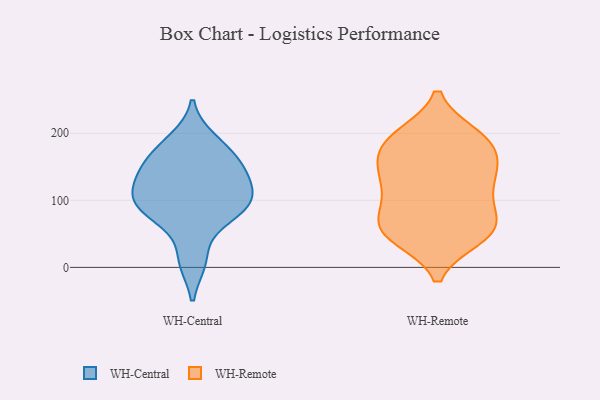
{"axis": {"x": "Tickets Resolved", "y": "Value"}, "legend": ["WH-Central", "WH-Remote"], "data": [{"x": "", "y": 84, "type": "WH-Central"}, {"x": "", "y": 79, "type": "WH-Central"}, {"x": "", "y": 157, "type": "WH-Central"}, {"x": "", "y": 165, "type": "WH-Central"}, {"x": "", "y": 120, "type": "WH-Central"}, {"x": "", "y": 10, "type": "WH-Central"}, {"x": "", "y": 187, "type": "WH-Central"}, {"x": "", "y": 144, "type": "WH-Central"}, {"x": "", "y": 97, "type": "WH-Central"}, {"x": "", "y": 91, "type": "WH-Central"}, {"x": "", "y": 104, "type": "WH-Central"}, {"x": "", "y": 72, "type": "WH-Central"}, {"x": "", "y": 190, "type": "WH-Central"}, {"x": "", "y": 115, "type": "WH-Central"}, {"x": "", "y": 129, "type": "WH-Central"}, {"x": "", "y": 162, "type": "WH-Central"}, {"x": "", "y": 140, "type": "WH-Central"}, {"x": "", "y": 10, "type": "WH-Central"}, {"x": "", "y": 94, "type": "WH-Central"}, {"x": "", "y": 172, "type": "WH-Remote"}, {"x": "", "y": 191, "type": "WH-Remote"}, {"x": "", "y": 197, "type": "WH-Remote"}, {"x": "", "y": 60, "type": "WH-Remote"}, {"x": "", "y": 58, "type": "WH-Remote"}, {"x": "", "y": 130, "type": "WH-Remote"}, {"x": "", "y": 192, "type": "WH-Remote"}, {"x": "", "y": 46, "type": "WH-Remote"}, {"x": "", "y": 98, "type": "WH-Remote"}, {"x": "", "y": 150, "type": "WH-Remote"}, {"x": "", "y": 144, "type": "WH-Remote"}, {"x": "", "y": 73, "type": "WH-Remote"}, {"x": "", "y": 102, "type": "WH-Remote"}, {"x": "", "y": 60, "type": "WH-Remote"}, {"x": "", "y": 142, "type": "WH-Remote"}, {"x": "", "y": 48, "type": "WH-Remote"}, {"x": "", "y": 114, "type": "WH-Remote"}, {"x": "", "y": 44, "type": "WH-Remote"}, {"x": "", "y": 197, "type": "WH-Remote"}, {"x": "", "y": 167, "type": "WH-Remote"}]}